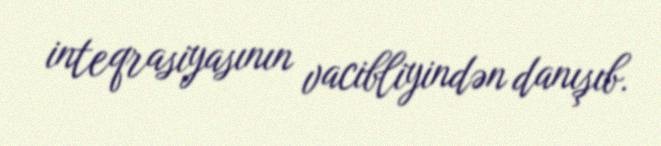
inteqrasiyasının vacibliyindən danışıb.